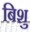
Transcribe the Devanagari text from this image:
बिशु